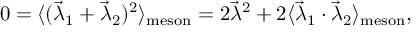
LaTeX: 0 = \langle ( \vec { \lambda } _ { 1 } + \vec { \lambda } _ { 2 } ) ^ { 2 } \rangle _ { \mathrm { m e s o n } } = 2 \vec { \lambda } ^ { 2 } + 2 \langle \vec { \lambda } _ { 1 } \cdot \vec { \lambda } _ { 2 } \rangle _ { \mathrm { m e s o n } } ,